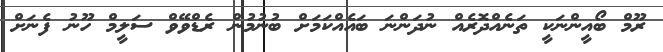
ރޫމް ބޯއީންނަކީ ތަނެއްދޮރެއް ނުދަންނަ ބައެއްކަމަށް ބުނުމުން ރެޑްވޭވް ސަލީމް ހޫނު ފެނަށް